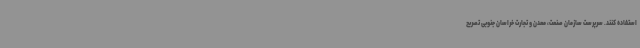
استفاده کنند. سرپرست سازمان صنعت، معدن و تجارت خراسان جنوبی تصریح